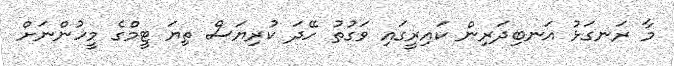
މާ ރަނގަޅު އަނބިދަރިން ކައިރީގައި ވަގުތު ހޭދަ ކުރިޔަސް ތިޔަ ޓީމްގެ މީހުންނަށް